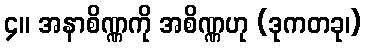
၄။ အနာစိဏ္ဏကို အစိဏ္ဏဟု (ဒုကတခု၊)